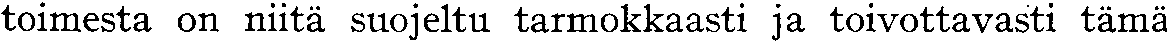
toimesta on niitä suojeltu tarmokkaasti ja toivottavasti tämä